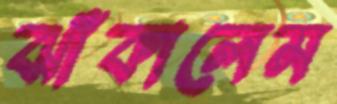
ঝাঁকালেম